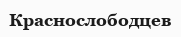
Краснослободцев